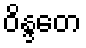
ဝိန္ဒတေ